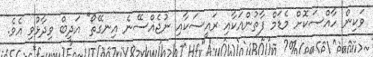
ވަކިން ހާއްސަކޮށް މެޑަމް ފާތުންއަކާއި ރައީސަކާއި ނުޖެއްސޭނެ އިނގޭތޯ" އަދީބް ވިދާޅުވި އެވެ.